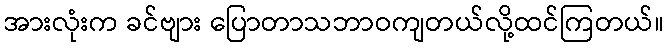
အားလုံးက ခင်ဗျား ပြောတာသဘာဝကျတယ်လို့ထင်ကြတယ်။